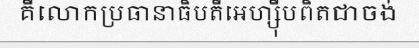
គឺលោកប្រធានាធិបតីអេហ្ស៊ីបពិតជាចង់